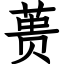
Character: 蒉